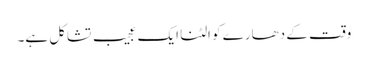
وقت کے دھارے کو الٹنا ایک عجیب تشاکل ہے۔